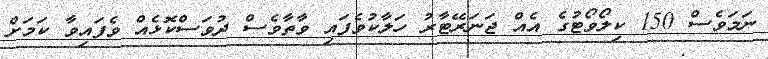
ނަމަވެސް 150 ކިލޯވޯޓުގެ އެއް ޖަނަރޭޓާރު ހަލާކުވެފައި ވާތާވެސް ދުވަސްކޮޅެއް ވެފައިވާ ކަމަށް